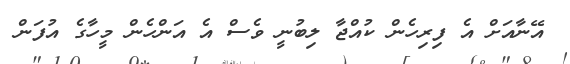
އޭނާއަށް އެ ފިރިހެން ކުއްޖާ ލިބުނީ ވެސް އެ އަންހެން މީހާގެ އުފަން